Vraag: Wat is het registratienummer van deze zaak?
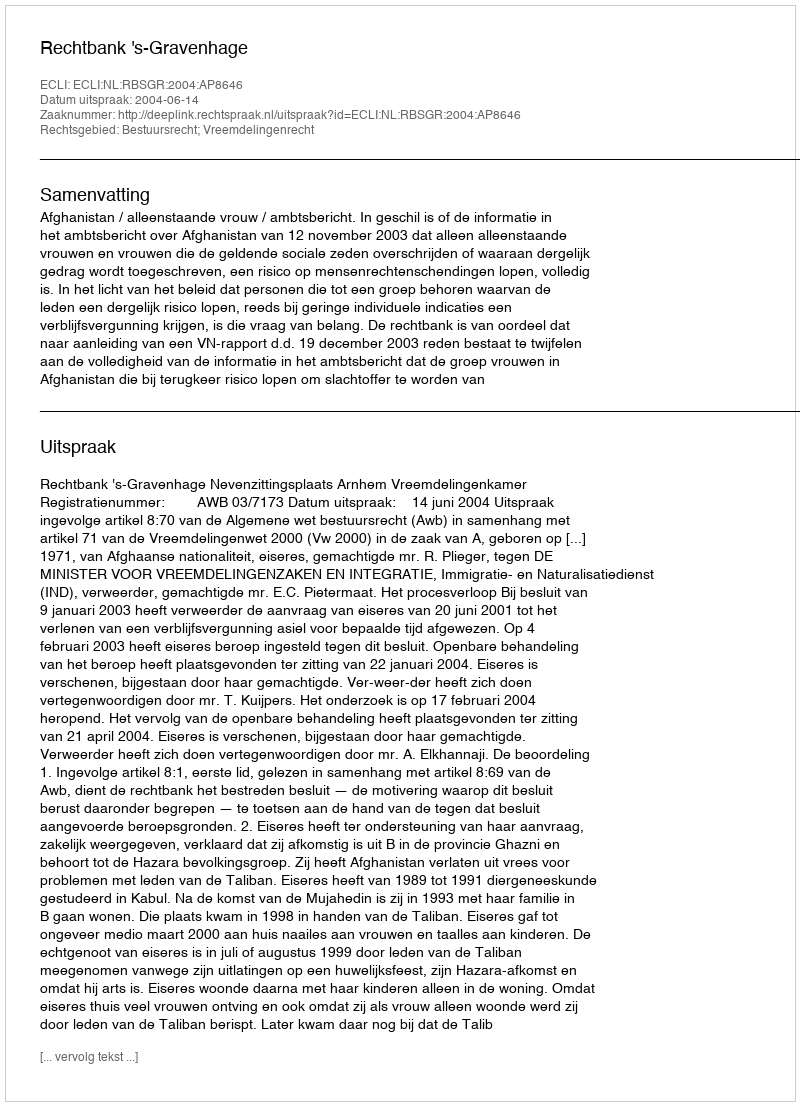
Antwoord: http://deeplink.rechtspraak.nl/uitspraak?id=ECLI:NL:RBSGR:2004:AP8646